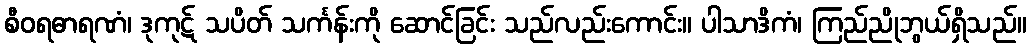
စီဝရဓာရဏံ၊ ဒုကုဋ် သပိတ် သင်္ကန်းကို ဆောင်ခြင်း သည်လည်းကောင်း။ ပါသာဒိကံ၊ ကြည်ညိုဘွယ်ရှိသည်။